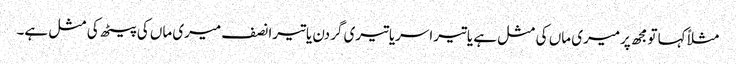
مثلاًکہا تومجھ پرمیری ماں کی مثل ہے یاتیراسریاتیری گردن یاتیرانصف میری ماں کی پیٹھ کی مثل ہے۔